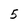
Character: 5